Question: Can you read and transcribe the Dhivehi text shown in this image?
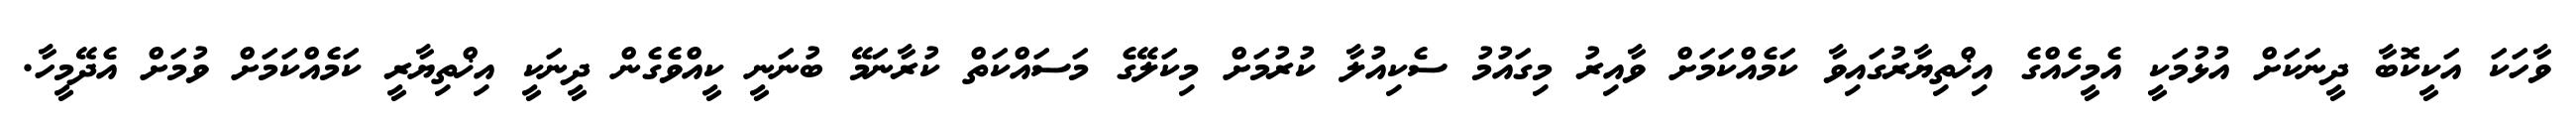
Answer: ވާހަކަ އަކީކޮބާ ދީނަކަށް އުޅުމަކީ އެމީހެއްގެ އިޚްތިޔާރުގައިވާ ކަމެއްކަމަށް ވާއިރު މިގައުމު ސެކިއުލާ ކުރުމަށް މިކަލޭގެ މަސައްކަތް ކުރާނަމޭ ބުނަނީ ކީއްވެގެން ދީނަކީ އިޚްތިޔާރީ ކަމެއްކަމަށް ވުމަށް އެދޭމީހާ.